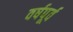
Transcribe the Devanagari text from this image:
वर्षपूर्व